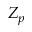
Z _ { p }